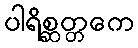
ပါရိစ္ဆတ္တကေ